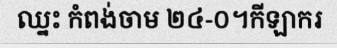
ឈ្នះ កំពង់ចាម ២៤-០។កីឡាករ